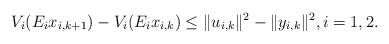
LaTeX: \begin{align*} V_i(E_ix_{i,k+1})-V_i(E_ix_{i,k})\leq \|u_{i,k}\|^2-\|y_{i,k}\|^2,i=1,2.\end{align*}